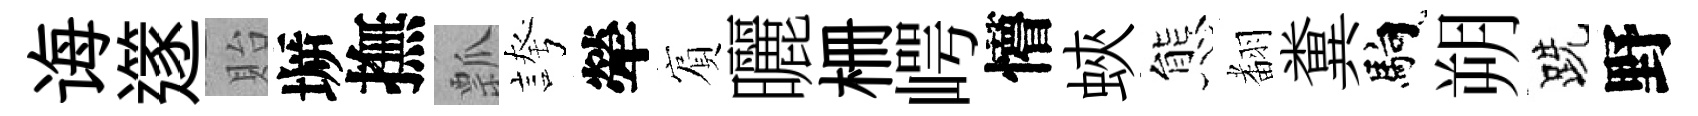
诲𨗹貽󶱲撫瓢誇犖賔曬栅崿懵蛺態𮋒糞馿朔跣野